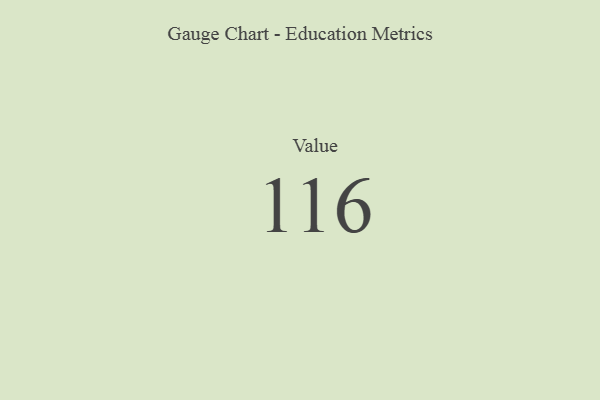
{"axis": {"x": "Metric", "y": "Value"}, "legend": [""], "data": [{"x": "Value", "y": 116, "type": ""}]}